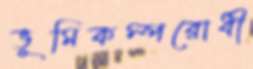
ভূমিকম্পরোধী